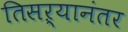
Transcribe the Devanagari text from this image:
तिसऱ्यानंतर